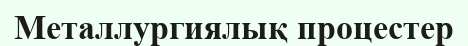
Металлургиялық процестер